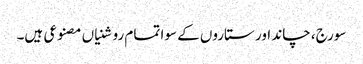
سورج، چاند اور ستاروں کے سوا تمام روشنیاں مصنوعی ہیں۔